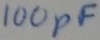
Text: 100pF